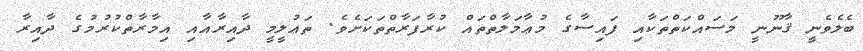
ބެލެވެނީ ޤާނޫނީ މަސައްކަތްތަކާއި ފައިސާގެ މުޢާމަލާތްތައް ކުރާފަރާތްތަކަށެވެ. ތަޢުލީމީ ދާއިރާއާއި އިމާރާތްކުރުމުގެ ދާއިރާ